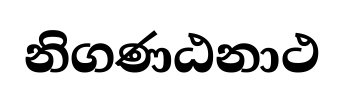
නිගණඨනාථ